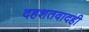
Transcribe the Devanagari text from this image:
दहशतवादही